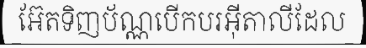
អ៊ែតទិញប័ណ្ណបើកបរអ៊ីតាលីដែល